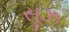
સૂઝ